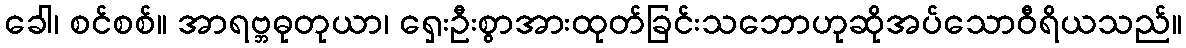
ခေါ၊ စင်စစ်။ အာရဗ္ဘဓုတုယာ၊ ရှေးဦးစွာအားထုတ်ခြင်းသဘောဟုဆိုအပ်သောဝီရိယသည်။